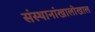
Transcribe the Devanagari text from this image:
संस्थानांखालोखाल